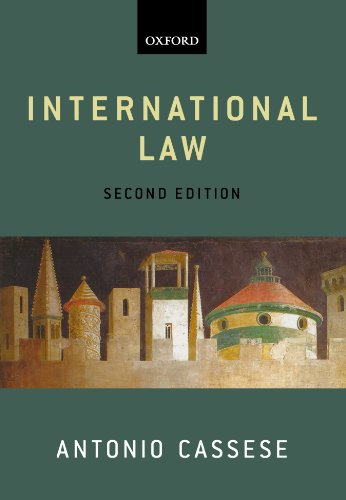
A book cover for International Law; The Late Antonio Cassese; Law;